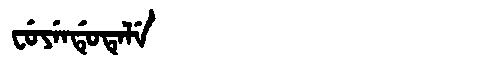
Manchu: ᠸᡠᠶᡝᠨᡩᡠᡨᡝᠯᡝ
Romanization: FUYENDUTELE